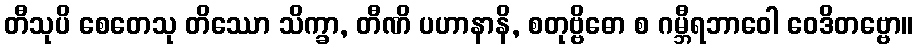
တီသုပိ စေတေသု တိဿော သိက္ခာ, တီဏိ ပဟာနာနိ, စတုဗ္ဗိဓော စ ဂမ္ဘီရဘာဝေါ ဝေဒိတဗ္ဗော။